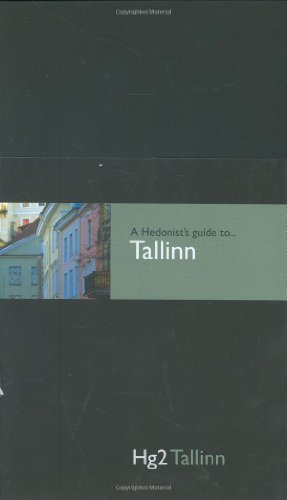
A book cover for Hedonist's Guide To Tallinn 1st Edition (A Hedonist's Guide to...); Laurence Shorter; Travel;